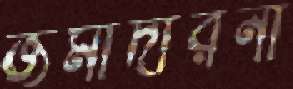
জমাদারনী